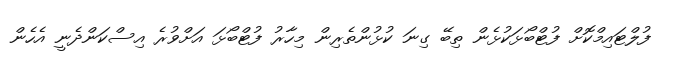
ފުލްޓައިމްކޮށް ފުޓްބޯޅަކުޅެން ތިބޭ ގިނަ ކުޅުންތެރިން މިހާރު ފުޓްބޯޅަ އަށްވުރެ އިސްކަންދެނީ އެހެން